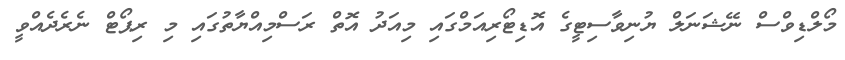
މޯލްޑިވްސް ނޭޝަނަލް ޔުނިވާސިޓީގެ އޮޑިޓޯރިއަމްގައި މިއަދު އޮތް ރަސްމިއްޔާތުގައި މި ރިޕޯޓް ނެރެދެއްވީ